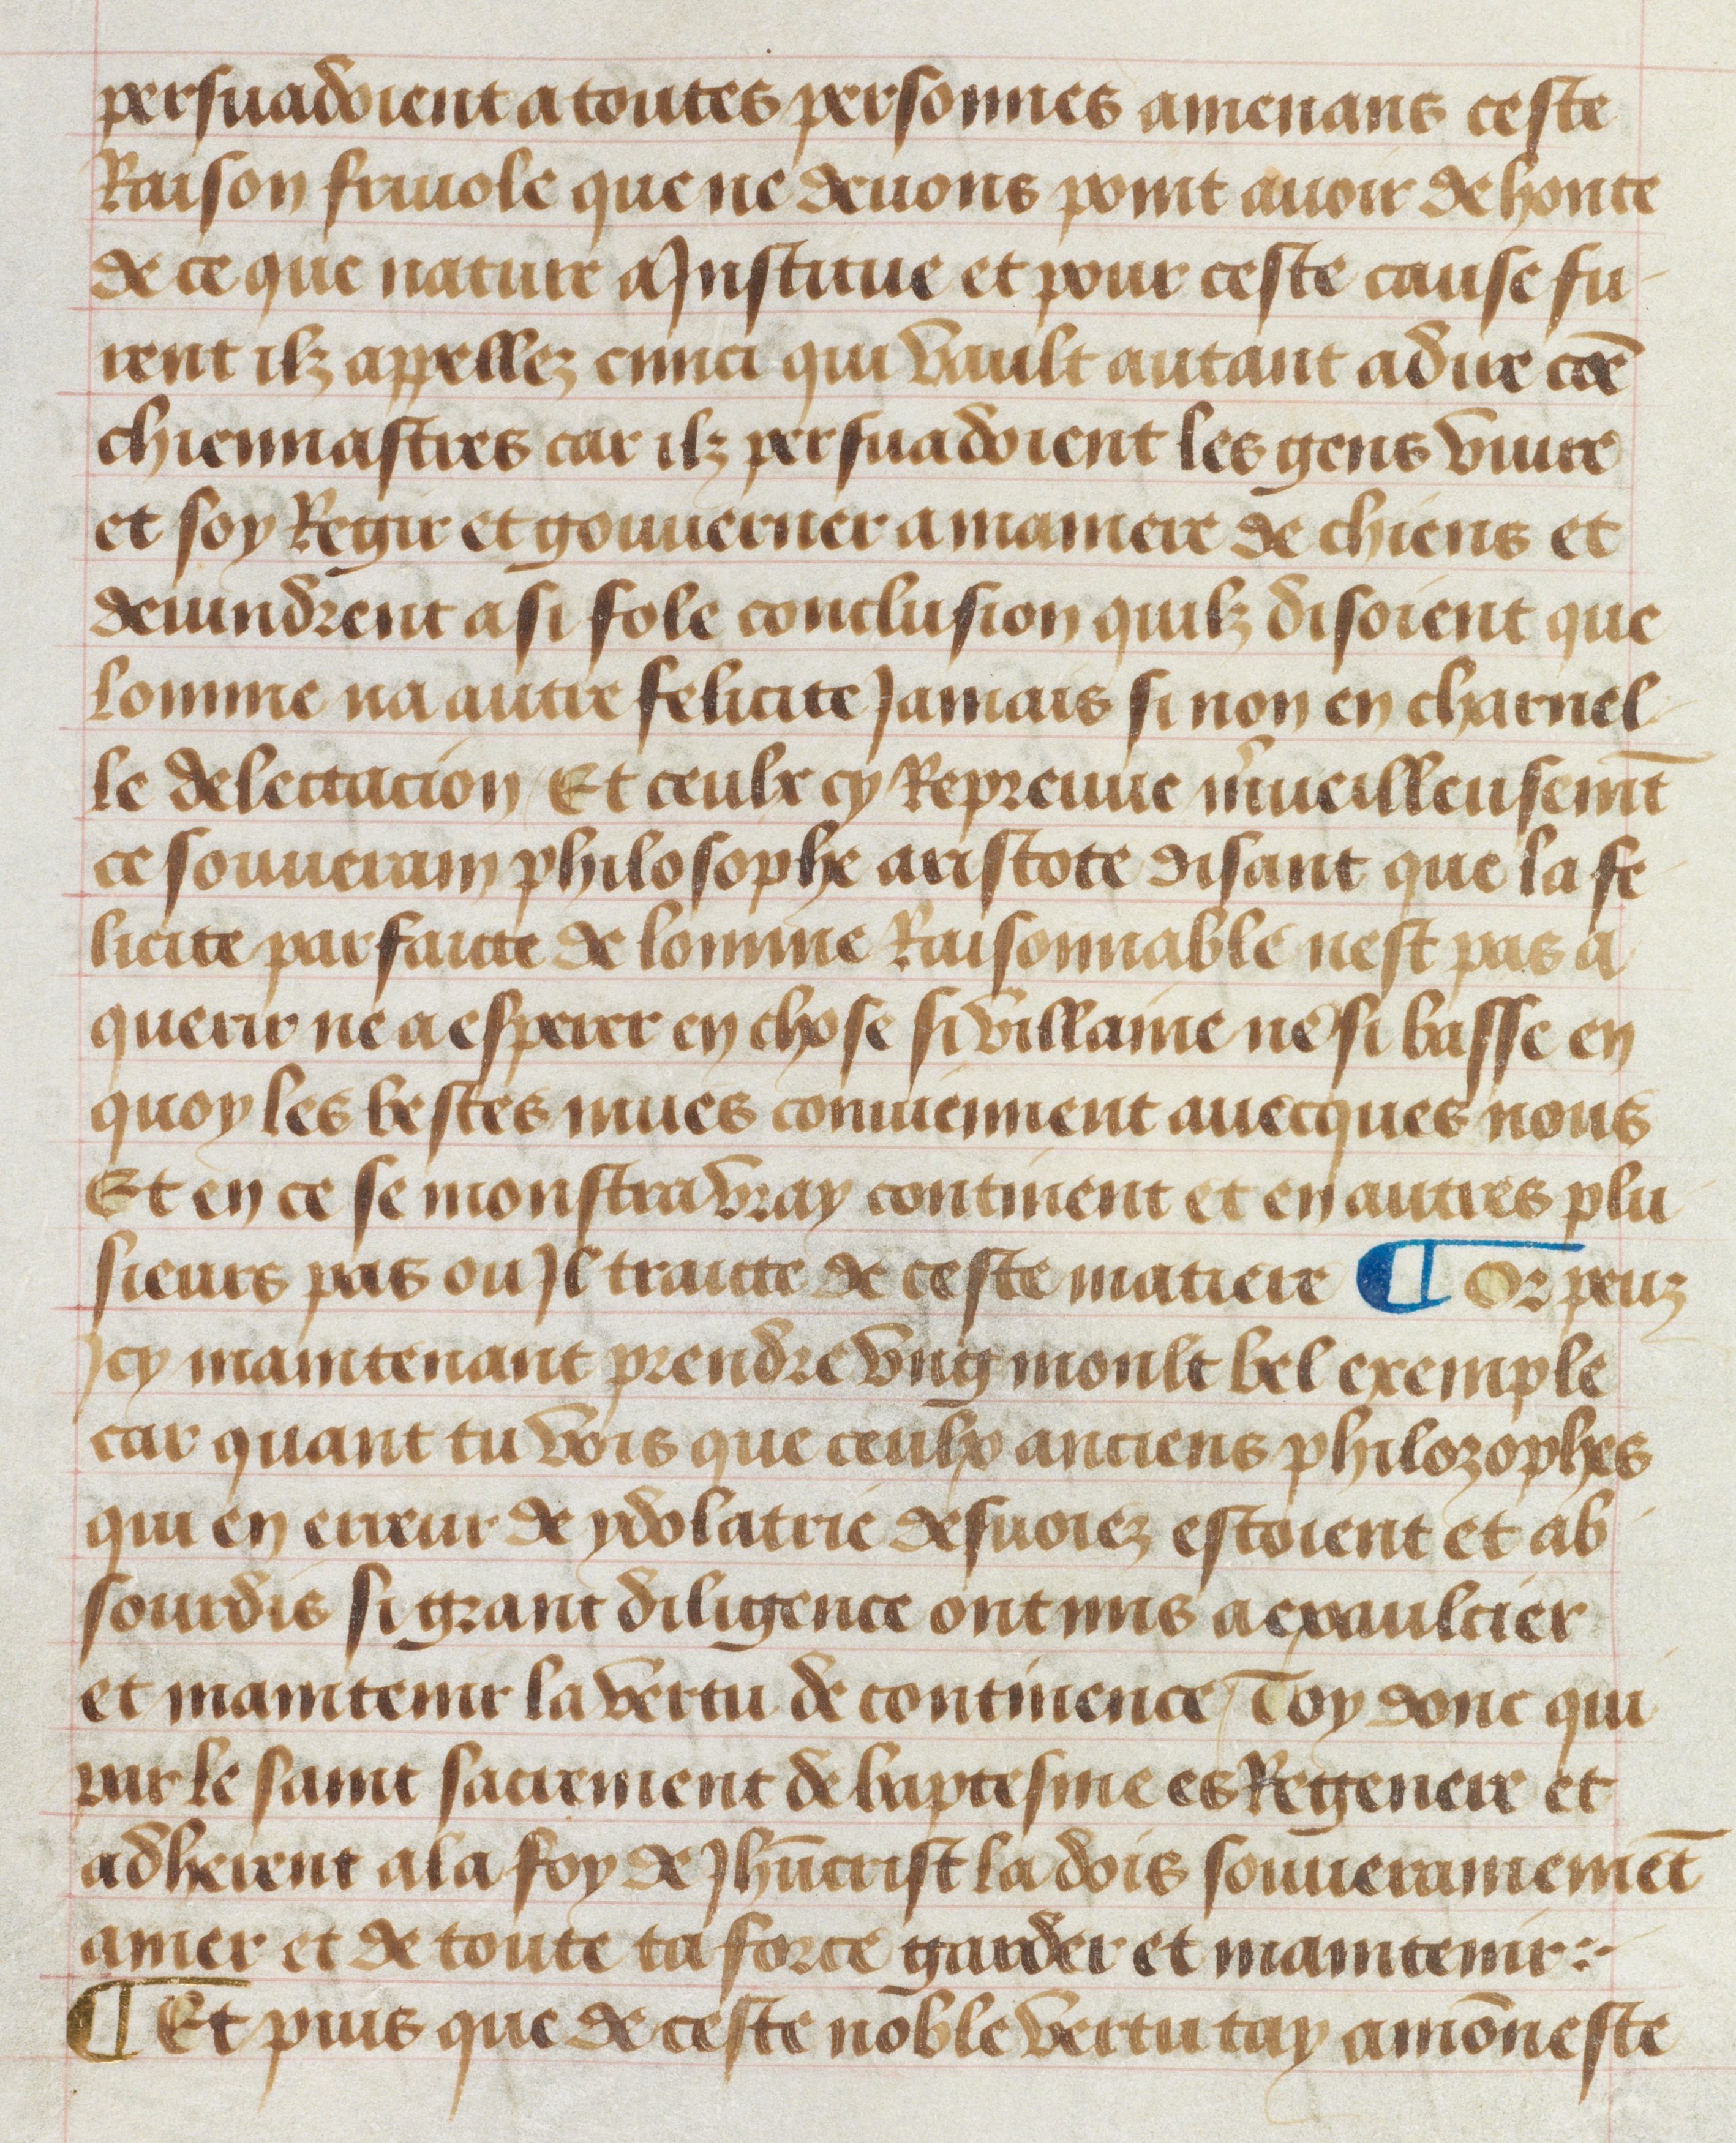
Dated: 1412–1415